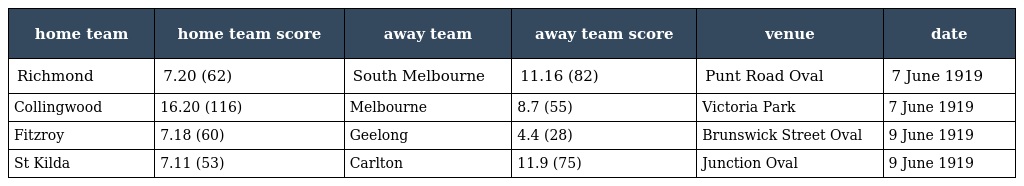
| home team | home team score | away team | away team score | venue | date |
 | --- | --- | --- | --- | --- | --- |
 | Richmond | 7.20 (62) | South Melbourne | 11.16 (82) | Punt Road Oval | 7 June 1919 |
 | Collingwood | 16.20 (116) | Melbourne | 8.7 (55) | Victoria Park | 7 June 1919 |
 | Fitzroy | 7.18 (60) | Geelong | 4.4 (28) | Brunswick Street Oval | 9 June 1919 |
 | St Kilda | 7.11 (53) | Carlton | 11.9 (75) | Junction Oval | 9 June 1919 |